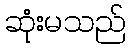
ဆုံးမသည်